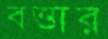
বত্তার